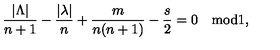
\frac { | \Lambda | } { n + 1 } - \frac { | \lambda | } { n } + { \frac { m } { n ( n + 1 ) } } - { \frac { s } { 2 } } = 0 \quad \mathrm { m o d } 1 ,